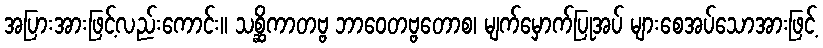
အပြားအားဖြင့်လည်းကောင်း။ သစ္ဆိကာတဗ္ဗ ဘာဝေတဗ္ဗတောစ၊ မျက်မှောက်ပြုအပ် များစေအပ်သောအားဖြင့်